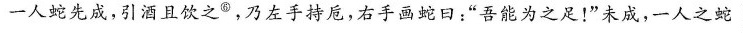
一人蛇先成，引酒且饮之⑥，乃左手持卮，右手画蛇日：”吾能为之足！”未成，一人之蛇